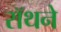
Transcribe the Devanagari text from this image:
रॉथने